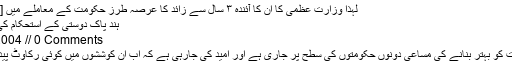
لہٰذا وزارتِ عظمیٰ کا ان کا آئندہ ۳ سال سے زائد کا عرصہ طرزِ حکومت کے معاملے میں [مزید پڑھیے]
ہند پاک دوستی کے استحکام کی راہیں ہموار
July 16, 2004 // 0 Comments
ہند پاک تعلقات کو بہتر بنانے کی مساعی دونوں حکومتوں کی سطح پر جاری ہے اور امید کی جارہی ہے کہ اب ان کوششوں میں کوئی رکاوٹ پیدا نہیں ہو گی۔